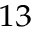
^ { 1 3 }